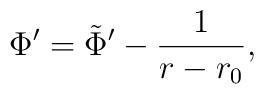
\Phi' = \tilde{\Phi}' - { 1 \over r - r_0},